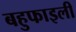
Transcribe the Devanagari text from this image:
बहुफाइली